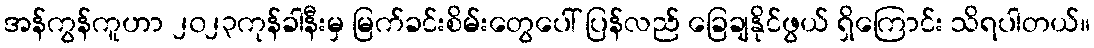
အန်ကွန်ကူဟာ ၂၀၂၃ကုန်ခါနီးမှ မြက်ခင်းစိမ်းတွေပေါ် ပြန်လည် ခြေချနိုင်ဖွယ် ရှိကြောင်း သိရပါတယ်။